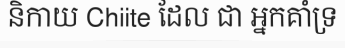
និកាយ Chiite ដែល ជា អ្នកគាំទ្រ